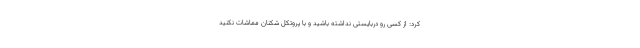
کرد: از کسی رو دربایستی نداشته باشید و با پروتکل شکنان مماشات نکنید